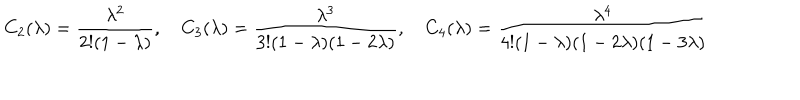
C _ { 2 } ( \lambda ) = \frac { \lambda ^ { 2 } } { 2 ! ( 1 - \lambda ) } , \quad C _ { 3 } ( \lambda ) = \frac { \lambda ^ { 3 } } { 3 ! ( 1 - \lambda ) ( 1 - 2 \lambda ) } , \quad C _ { 4 } ( \lambda ) = \frac { \lambda ^ { 4 } } { 4 ! ( 1 - \lambda ) ( 1 - 2 \lambda ) ( 1 - 3 \lambda ) }